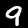
Label: 9